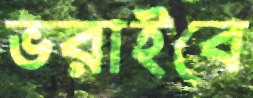
ভরাইবে